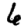
Digit: 6